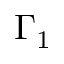
\Gamma _ { 1 }